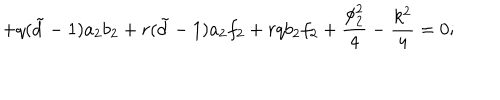
LaTeX: + q ( { \tilde { d } } - 1 ) a _ { 2 } b _ { 2 } + r ( { \tilde { d } } - 1 ) a _ { 2 } f _ { 2 } + r q b _ { 2 } f _ { 2 } + \frac { \phi _ { 2 } ^ { 2 } } { 4 } - \frac { k ^ { 2 } } { 4 } = 0 ;